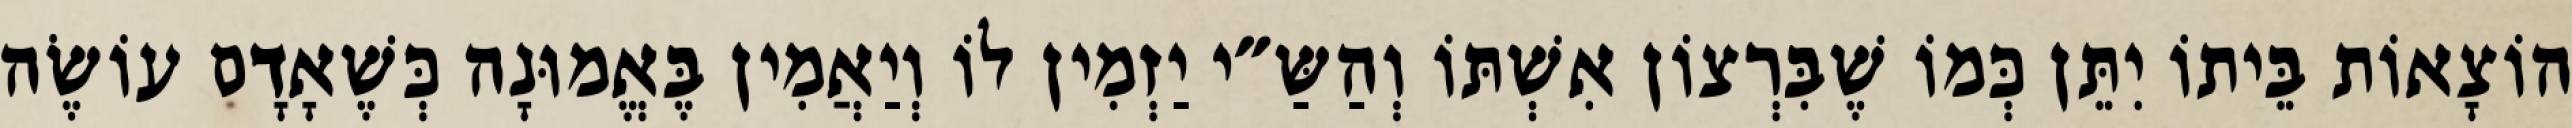
הוֹצָאוֹת בֵּיתוֹ יִתֵּן כְּמוֹ שֶׁבִּרְצוֹן אִשְׁתּוֹ וְהַשַּ״י יַזְמִין לוֹ וְיַאֲמִין בֶּאֱמוּנָה כְּשֶׁאָדָם עוֹשֶׂה